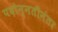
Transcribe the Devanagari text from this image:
पदोन्नतीनंतर